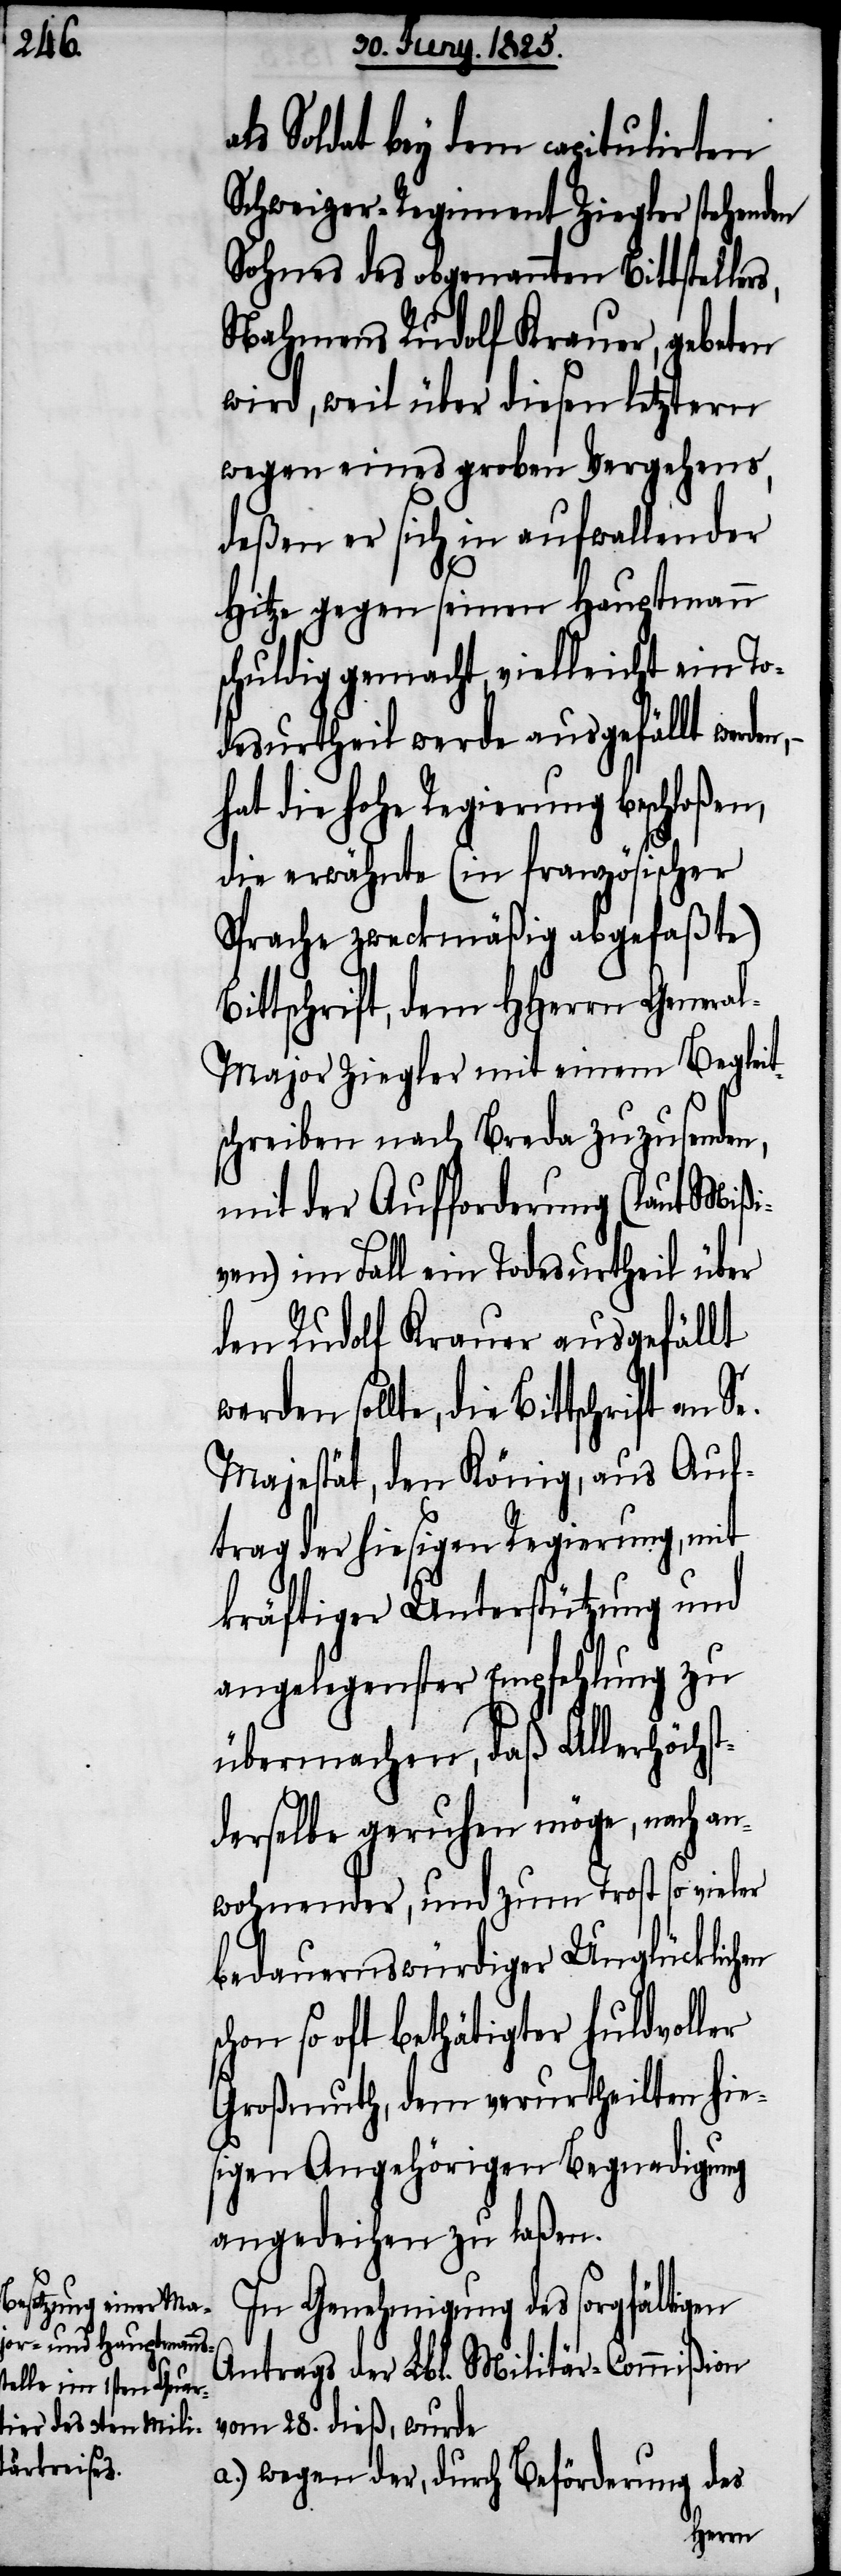
n,

Soldat bey dem capitulirten
Schweizer-Regiment Ziegler stehenden
Sohnes des obgenannten Bittsteller¬
Nahmens Rudolf Krauer, gebeten
wird, weil über diesen letztern
wegen eines groben Vergehens,
deßen er sich in aufwallender
Hitze gegen seinen Hauptmann
schuldig gemacht, vielleicht ein To¬
desurtheil werde ausgefällt werden,
die hohe Regierung beschloße¬
die erwähnte (in französischer
Sprache zweckmäßig abgefaßte)
Bittschrift, dem HHerrn Genera¬
l-Major Ziegler mit einem Begleit¬
schreiben nach Breda zuzusenden,
mit der Aufforderung (lt. Mißi¬
ven) im Fall ein Todesurtheil über
den Rudolf Krauer ausgefällt
Majestät, den König, aus Auf¬
trag der hiesigen Regierung, mit
kräftiger Unterstützung und
angelegenster Empfehlung zu
übermachen, daß Allerhöchst¬
derselbe geruhen möge, nach an¬
wohnender, und zum Trost so vieler
bedauernswürdiger Unglücklichen
so oft bethätigter huldvoller
Großmuth, dem verurtheilten hie¬
sigen Angehörigen Begnadigung
angedeihen zu laßen.
In Genehmigung des sorgfältigen
Antrags der Lbl. Militär-Commißion
vom 28. dieß, wurde
a.) wegen der, durch Beförderung des